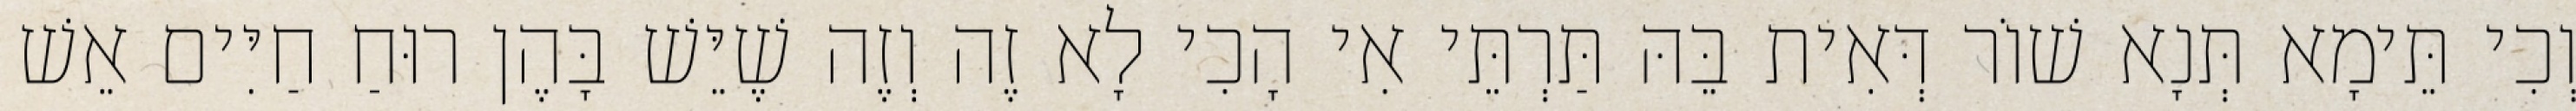
וְכִי תֵּימָא תְּנָא שׁוֹר דְּאִית בֵּהּ תַּרְתֵּי אִי הָכִי לָא זֶה וְזֶה שֶׁיֵּשׁ בָּהֶן רוּחַ חַיִּים אֵשׁ